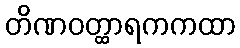
တိဏဝတ္ထာရကကထာ